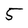
Character: 5